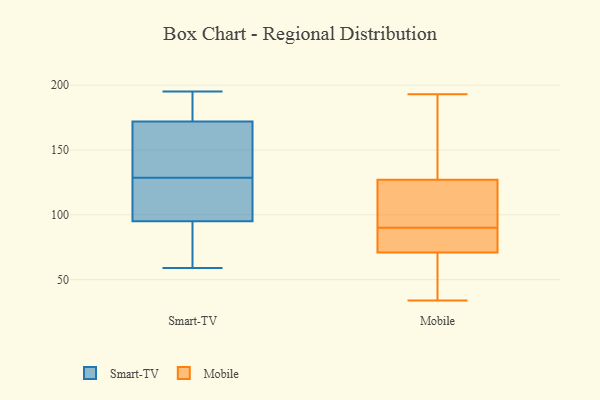
{"axis": {"x": "Budget (USD K)", "y": "Value"}, "legend": ["Mobile", "Smart-TV"], "data": [{"x": "", "y": 79, "type": "Smart-TV"}, {"x": "", "y": 145, "type": "Smart-TV"}, {"x": "", "y": 146, "type": "Smart-TV"}, {"x": "", "y": 59, "type": "Smart-TV"}, {"x": "", "y": 185, "type": "Smart-TV"}, {"x": "", "y": 195, "type": "Smart-TV"}, {"x": "", "y": 177, "type": "Smart-TV"}, {"x": "", "y": 78, "type": "Smart-TV"}, {"x": "", "y": 148, "type": "Smart-TV"}, {"x": "", "y": 112, "type": "Smart-TV"}, {"x": "", "y": 109, "type": "Smart-TV"}, {"x": "", "y": 104, "type": "Smart-TV"}, {"x": "", "y": 172, "type": "Smart-TV"}, {"x": "", "y": 95, "type": "Smart-TV"}, {"x": "", "y": 79, "type": "Mobile"}, {"x": "", "y": 34, "type": "Mobile"}, {"x": "", "y": 163, "type": "Mobile"}, {"x": "", "y": 193, "type": "Mobile"}, {"x": "", "y": 96, "type": "Mobile"}, {"x": "", "y": 71, "type": "Mobile"}, {"x": "", "y": 75, "type": "Mobile"}, {"x": "", "y": 84, "type": "Mobile"}, {"x": "", "y": 140, "type": "Mobile"}, {"x": "", "y": 104, "type": "Mobile"}, {"x": "", "y": 107, "type": "Mobile"}, {"x": "", "y": 127, "type": "Mobile"}, {"x": "", "y": 49, "type": "Mobile"}, {"x": "", "y": 70, "type": "Mobile"}]}